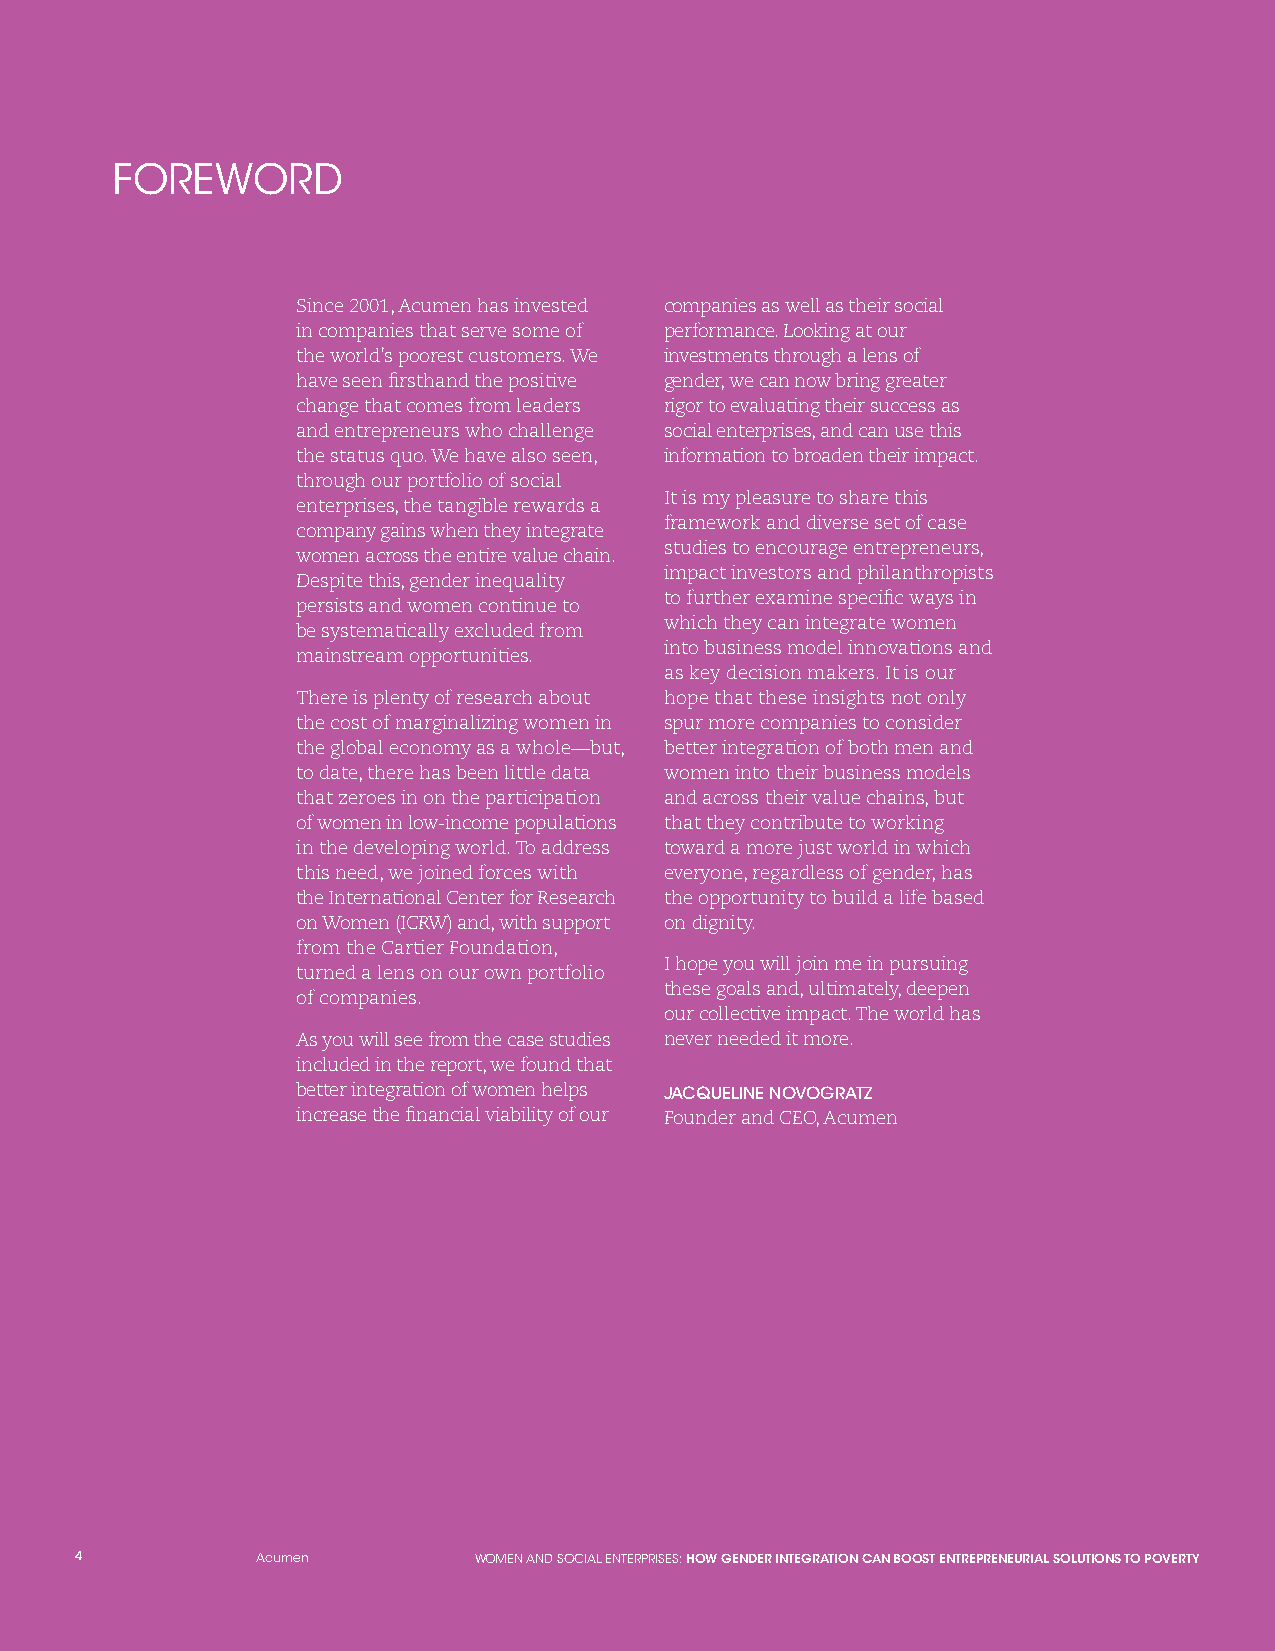
FOREWORD
 Since 2001, Acumen has invested companies as well as their social
 in companies that serve some of performance. Looking at our
 the world’s poorest customers. We investments through a lens of
 have seen firsthand the positive gender, we can now bring greater
 change that comes from leaders rigor to evaluating their success as
 and entrepreneurs who challenge social enterprises, and can use this
 the status quo. We have also seen, information to broaden their impact.
 through our portfolio of social
 It is my pleasure to share this
 enterprises, the tangible rewards a
 framework and diverse set of case
 company gains when they integrate
 studies to encourage entrepreneurs,
 women across the entire value chain.
 impact investors and philanthropists
 Despite this, gender inequality
 to further examine specific ways in
 persists and women continue to
 which they can integrate women
 be systematically excluded from
 into business model innovations and
 mainstream opportunities.
 as key decision makers. It is our
 There is plenty of research about hope that these insights not only
 the cost of marginalizing women in spur more companies to consider
 the global economy as a whole—but, better integration of both men and
 to date, there has been little data women into their business models
 that zeroes in on the participation and across their value chains, but
 of women in low-income populations that they contribute to working
 in the developing world. To address toward a more just world in which
 this need, we joined forces with everyone, regardless of gender, has
 the International Center for Research the opportunity to build a life based
 on Women (ICRW) and, with support on dignity.
 from the Cartier Foundation,
 I hope you will join me in pursuing
 turned a lens on our own portfolio
 these goals and, ultimately, deepen
 of companies.
 our collective impact. The world has
 As you will see from the case studies never needed it more.
 included in the report, we found that
 better integration of women helps JACQUELINE NOVOGRATZ
 increase the financial viability of our Founder and CEO, Acumen
 4           Acumen        WOMEN AND SOCIAL ENTERPRISES: HOW GENDER INTEGRATION CAN BOOST ENTREPRENEURIAL SOLUTIONS TO POVERTY